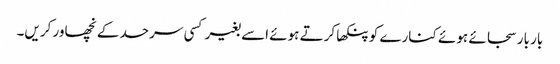
بار بار سجائے ہوئے کنارے کو پنکھا کرتے ہوئے اسے بغیر کسی سرحد کے نچھاور کریں۔